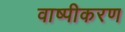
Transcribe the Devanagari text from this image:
वाष्‍पीकरण